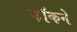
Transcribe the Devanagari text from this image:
कॉकने